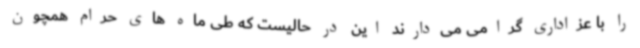
را با عزاداری گرامی می‌دارند این در حالیست که طی ماه های حرام همچون